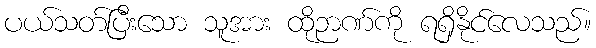
ပယ်သတ်ပြီးသော သူအား ထိုဉာဏ်ကို ရရှိနိုင်လေသည်။